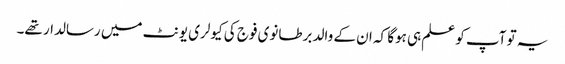
یہ تو آپ کو علم ہی ہوگا کہ ان کے والد برطانوی فوج کی کیولری یونٹ میں رسالدار تھے۔